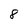
Character: 8